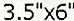
3.5"X6"